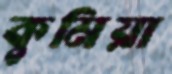
কুমিয়া